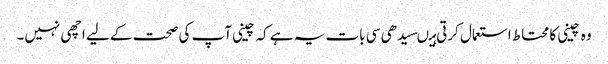
وہ چینی کا محتاط استعمال کرتی ہیںسیدھی سی بات یہ ہے کہ چینی آپ کی صحت کے لیے اچھی نہیں۔